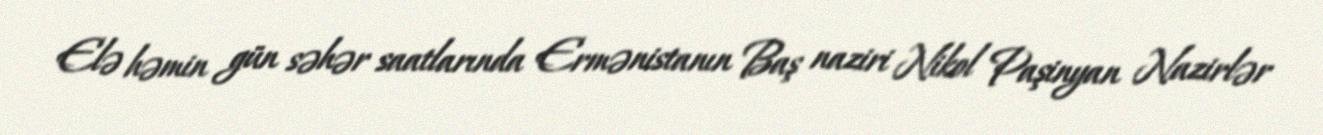
Elə həmin gün səhər saatlarında Ermənistanın Baş naziri Nikol Paşinyan Nazirlər